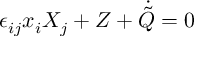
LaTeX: \epsilon _ { i j } x _ { i } X _ { j } + Z + \dot { \tilde { Q } } = 0